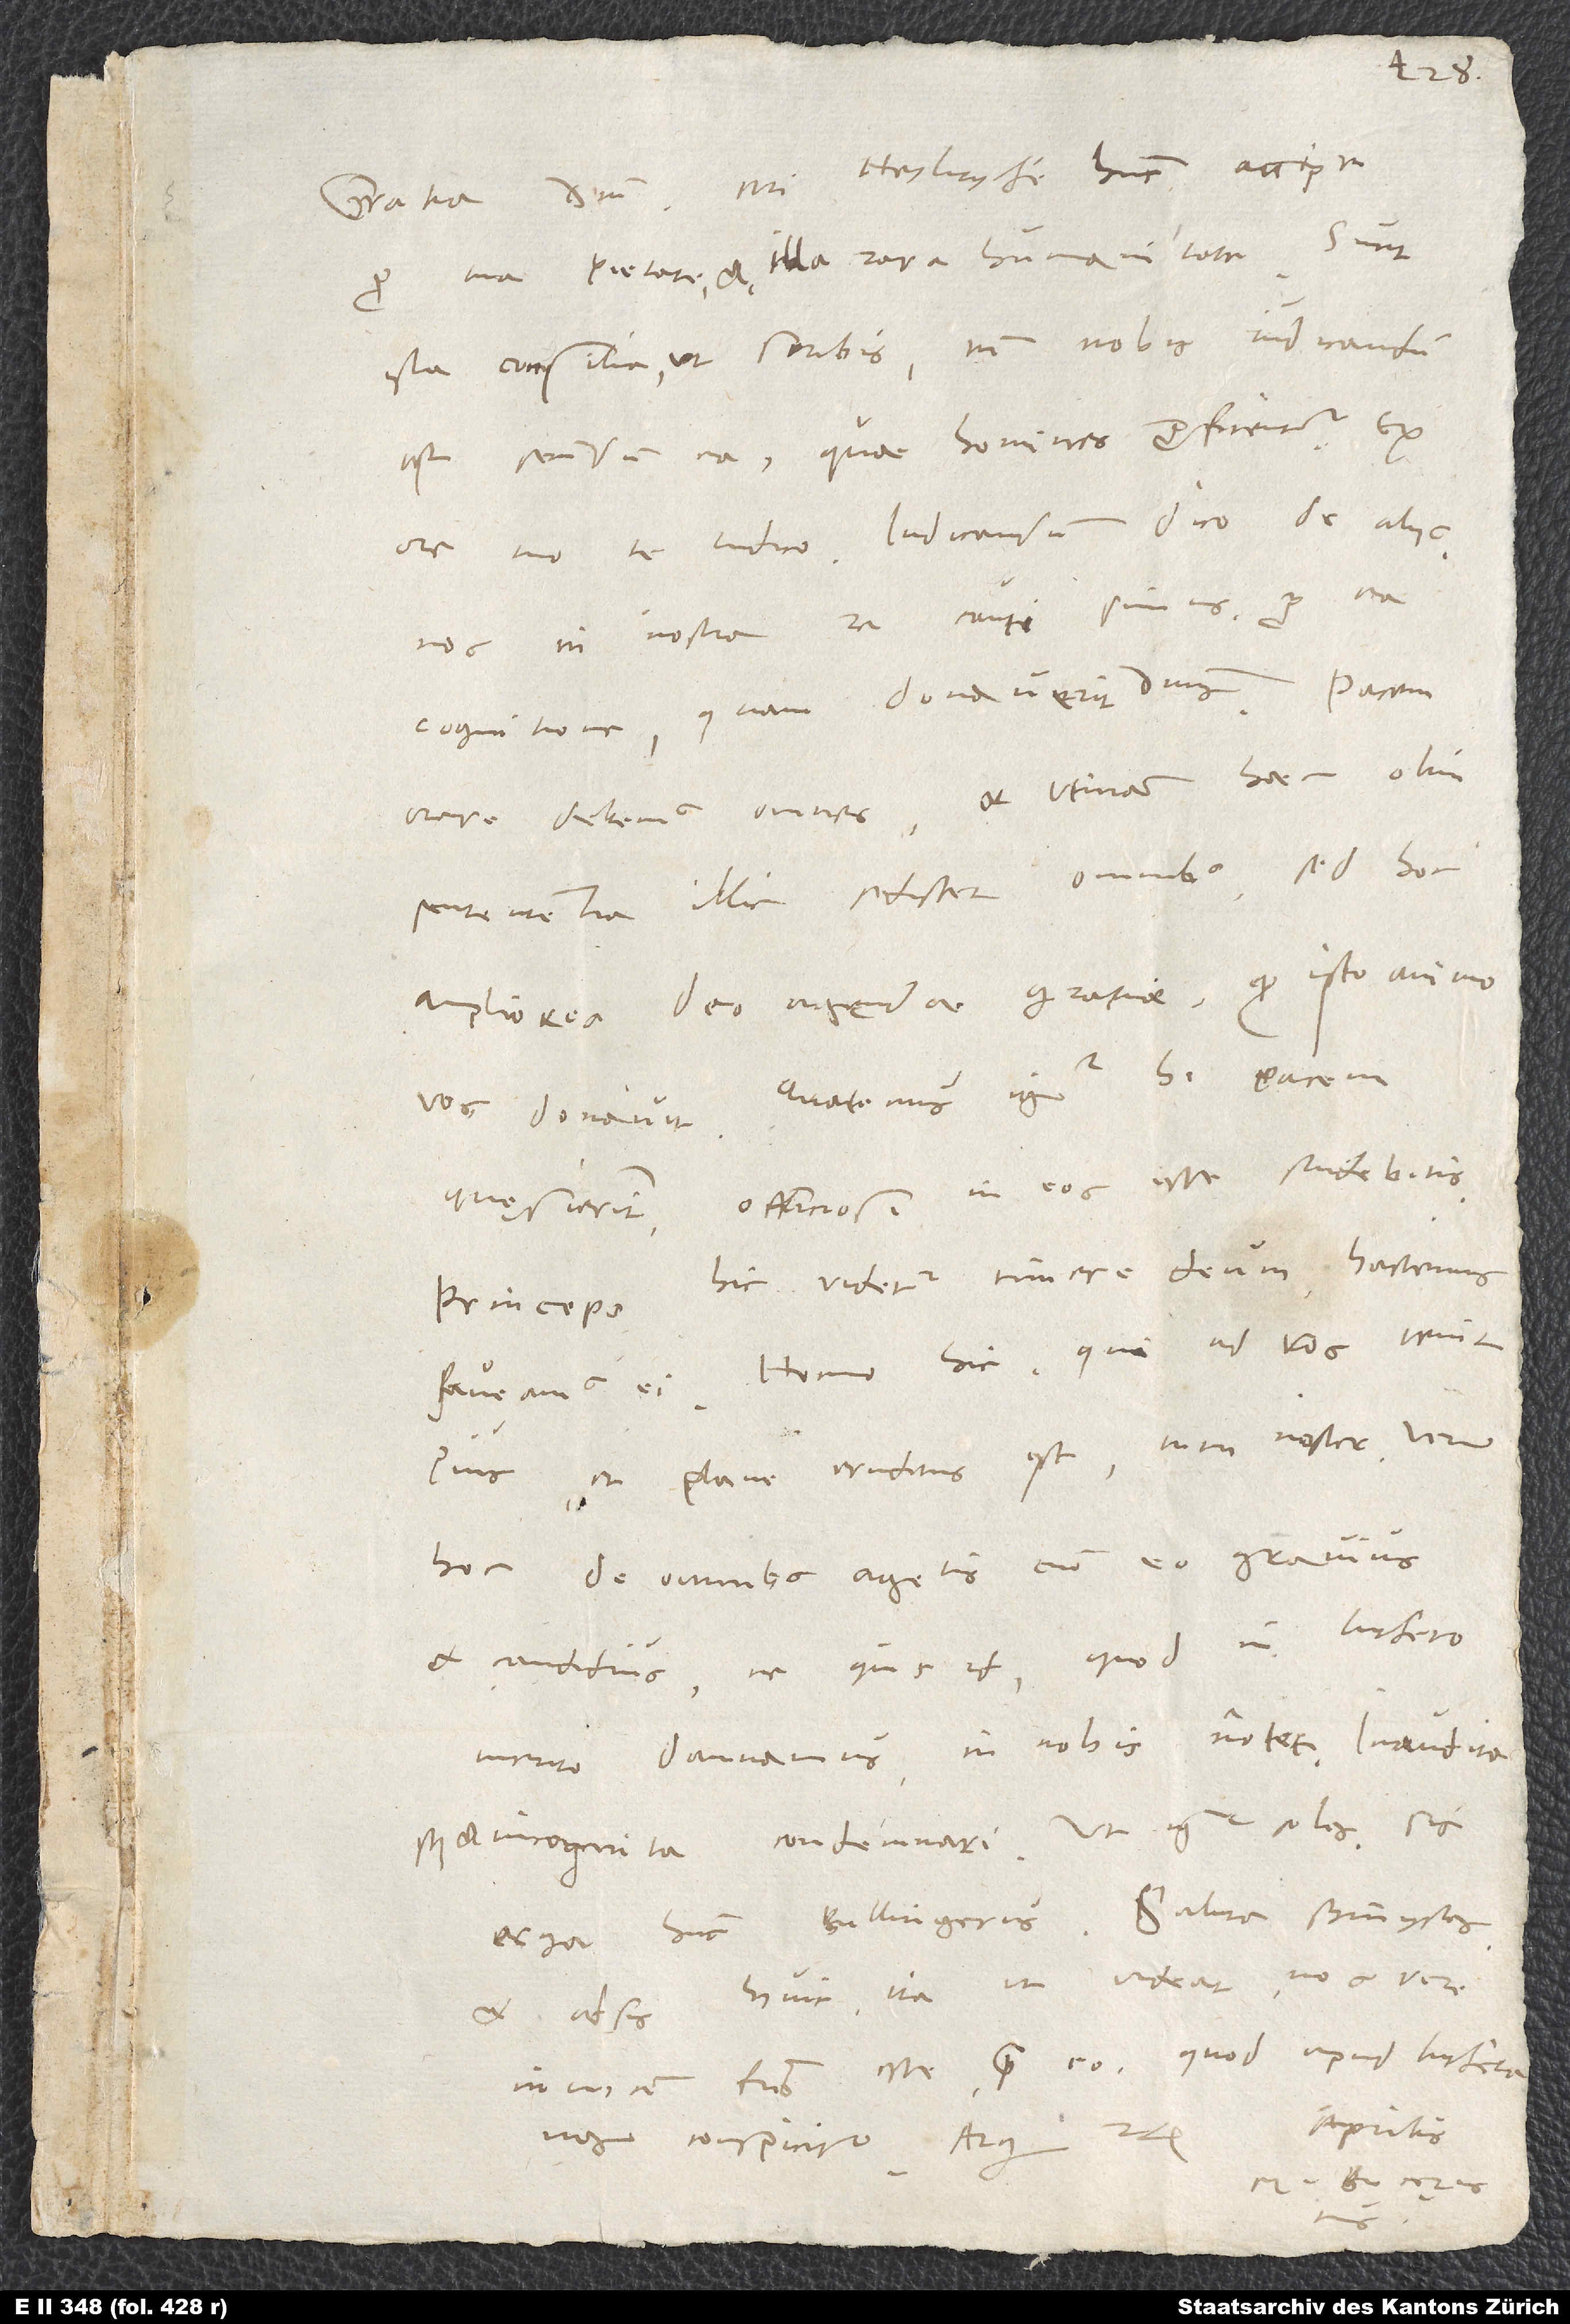
pro tua pietate et illa rara humanitate. Sunt
ista consilia, ut scribis. Tamen nobis iudicandum
est secundum ea, quae homines profitentur.
ore tuo te iudico Iudicandum dico de aliis.
Nos in nostra re cauti simus pro ea
cognitione, quam donaverit dominus. Pacem
orare debemus omnes, et utinam haec olim
sententia illic sedisset omnibus. Sed hoc
ampliores deo agendae gratiae, quod isto animo
vos donavit. Quatenus igitur hi pacem
quęsierint, officiosi in eos esse studebitis.
Princeps hic videtur timere deum. Hactenus
Pius et plane eruditus est, tum noster. Verum
hoc. De omnibus agetis cum eo gravius
et candidius, ne quis id, quod in Luthero
merito damnamus, in nobis notet, inaudita
et incognita condemnari. Ut igitur soles, sis
et adsis huic ita, ut videat nos vere
invicem fratres esse prae eo, quod apud Lutheranos
aprilis.